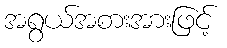
အရွယ်အစားအားဖြင့်